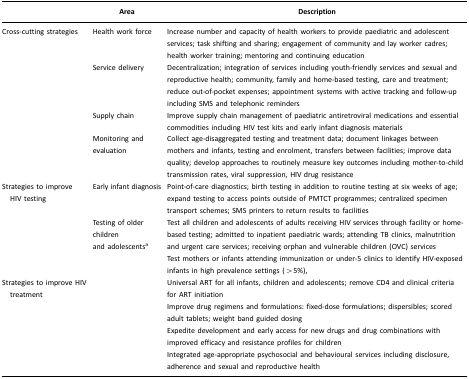
<table><thead><tr><td>[EMPTY_CELL]</td><td><b>Area</b></td><td><b>Description</b></td></tr></thead><tbody><tr><td>Cross-cutting strategies</td><td>Health work force</td><td>Increase number and capacity of health workers to provide paediatric and adolescent services; task shifting and sharing; engagement of community and lay worker cadres; health worker training; mentoring and continuing education</td></tr><tr><td>[EMPTY_CELL]</td><td>Service delivery</td><td>Decentralization; integration of services including youth-friendly services and sexual and reproductive health; community, family and home-based testing, care and treatment; reduce out-of-pocket expenses; appointment systems with active tracking and follow-up including SMS and telephonic reminders</td></tr><tr><td>[EMPTY_CELL]</td><td>Supply chain</td><td>Improve supply chain management of paediatric antiretroviral medications and essential commodities including HIV test kits and early infant diagnosis materials</td></tr><tr><td>[EMPTY_CELL]</td><td>Monitoring and evaluation</td><td>Collect age-disaggregated testing and treatment data; document linkages between mothers and infants, testing and enrolment, transfers between facilities; improve data quality; develop approaches to routinely measure key outcomes including mother-to-child transmission rates, viral suppression, HIV drug resistance</td></tr><tr><td>Strategies to improve HIV testing</td><td>Early infant diagnosis</td><td>Point-of-care diagnostics; birth testing in addition to routine testing at six weeks of age; expand testing to access points outside of PMTCT programmes; centralized specimen transport schemes; SMS printers to return results to facilities</td></tr><tr><td>[EMPTY_CELL]</td><td>Testing of older children and adolescents<sup>a</sup></td><td>Test all children and adolescents of adults receiving HIV services through facility or home-based testing; admitted to inpatient paediatric wards; attending TB clinics, malnutrition and urgent care services; receiving orphan and vulnerable children (OVC) services</td></tr><tr><td>[EMPTY_CELL]</td><td>[EMPTY_CELL]</td><td>Test mothers or infants attending immunization or under-5 clinics to identify HIV-exposed infants in high prevalence settings (&gt;5%),</td></tr><tr><td>Strategies to improve HIV treatment</td><td>[EMPTY_CELL]</td><td>Universal ART for all infants, children and adolescents; remove CD4 and clinical criteria for ART initiation</td></tr><tr><td>[EMPTY_CELL]</td><td>[EMPTY_CELL]</td><td>Improve drug regimens and formulations: fixed-dose formulations; dispersibles; scored adult tablets; weight band guided dosing</td></tr><tr><td>[EMPTY_CELL]</td><td>[EMPTY_CELL]</td><td>Expedite development and early access for new drugs and drug combinations with improved efficacy and resistance profiles for children</td></tr><tr><td>[EMPTY_CELL]</td><td>[EMPTY_CELL]</td><td>Integrated age-appropriate psychosocial and behavioural services including disclosure, adherence and sexual and reproductive health</td></tr></tbody></table>